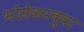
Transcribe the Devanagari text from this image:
भोसेकरबुवा